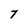
Character: T